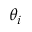
\theta _ { i }